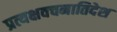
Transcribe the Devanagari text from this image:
प्रत्यक्षवचनातिदेश